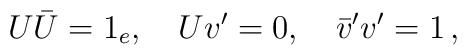
U\bar{U}=1_{e},\quad Uv^{\prime }=0,\quad \bar{v}^{\prime }v^{\prime }=1\,,